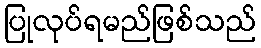
ပြုလုပ်ရမည်ဖြစ်သည်